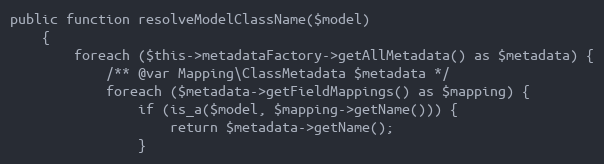
Language: PHP
public function resolveModelClassName($model)
    {
        foreach ($this->metadataFactory->getAllMetadata() as $metadata) {
            /** @var Mapping\ClassMetadata $metadata */
            foreach ($metadata->getFieldMappings() as $mapping) {
                if (is_a($model, $mapping->getName())) {
                    return $metadata->getName();
                }